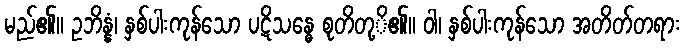
မည်၏။ ဥဘိန္နံ၊ နှစ်ပါးကုန်သော ပဋိသန္ဓေ စုတိတု့ိ၏။ ဝါ၊ နှစ်ပါးကုန်သော အတိတ်တရား